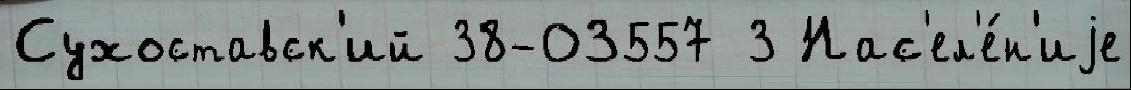
Сухоставск'ий 38-03557 3 Нас'ел'е́н'иjе